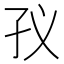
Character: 𭒻